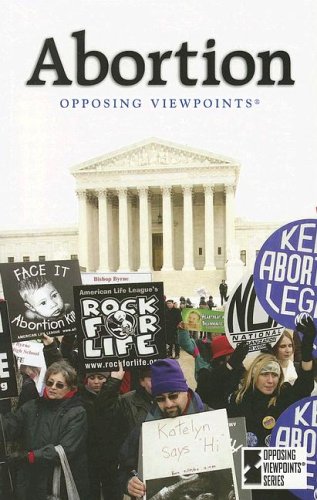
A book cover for Abortion (Opposing Viewpoints Series); Teen & Young Adult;